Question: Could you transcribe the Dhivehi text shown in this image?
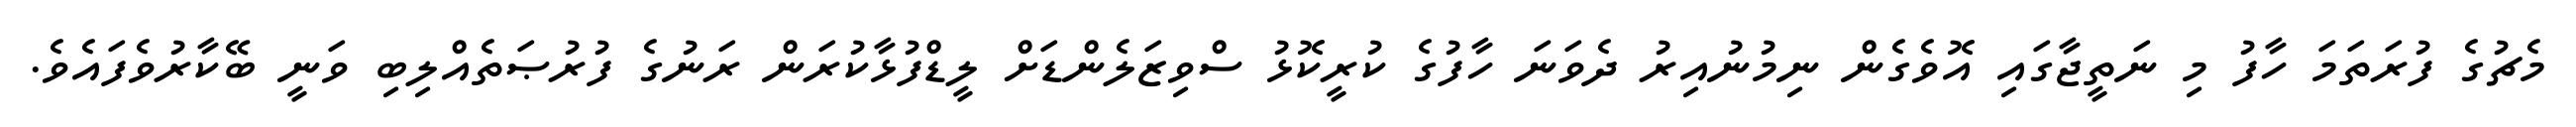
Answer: މެޗުގެ ފުރަތަމަ ހާފު މި ނަތީޖާގައި އޮވެގެން ނިމުނުއިރު ދެވަނަ ހާފުގެ ކުރީކޮޅު ސްވިޒަލެންޑަށް ލީޑްފުޅާކުރަން ރަނުގެ ފުރުޞަތެއްލިބި ވަނީ ބޭކާރުވެފައެވެ.